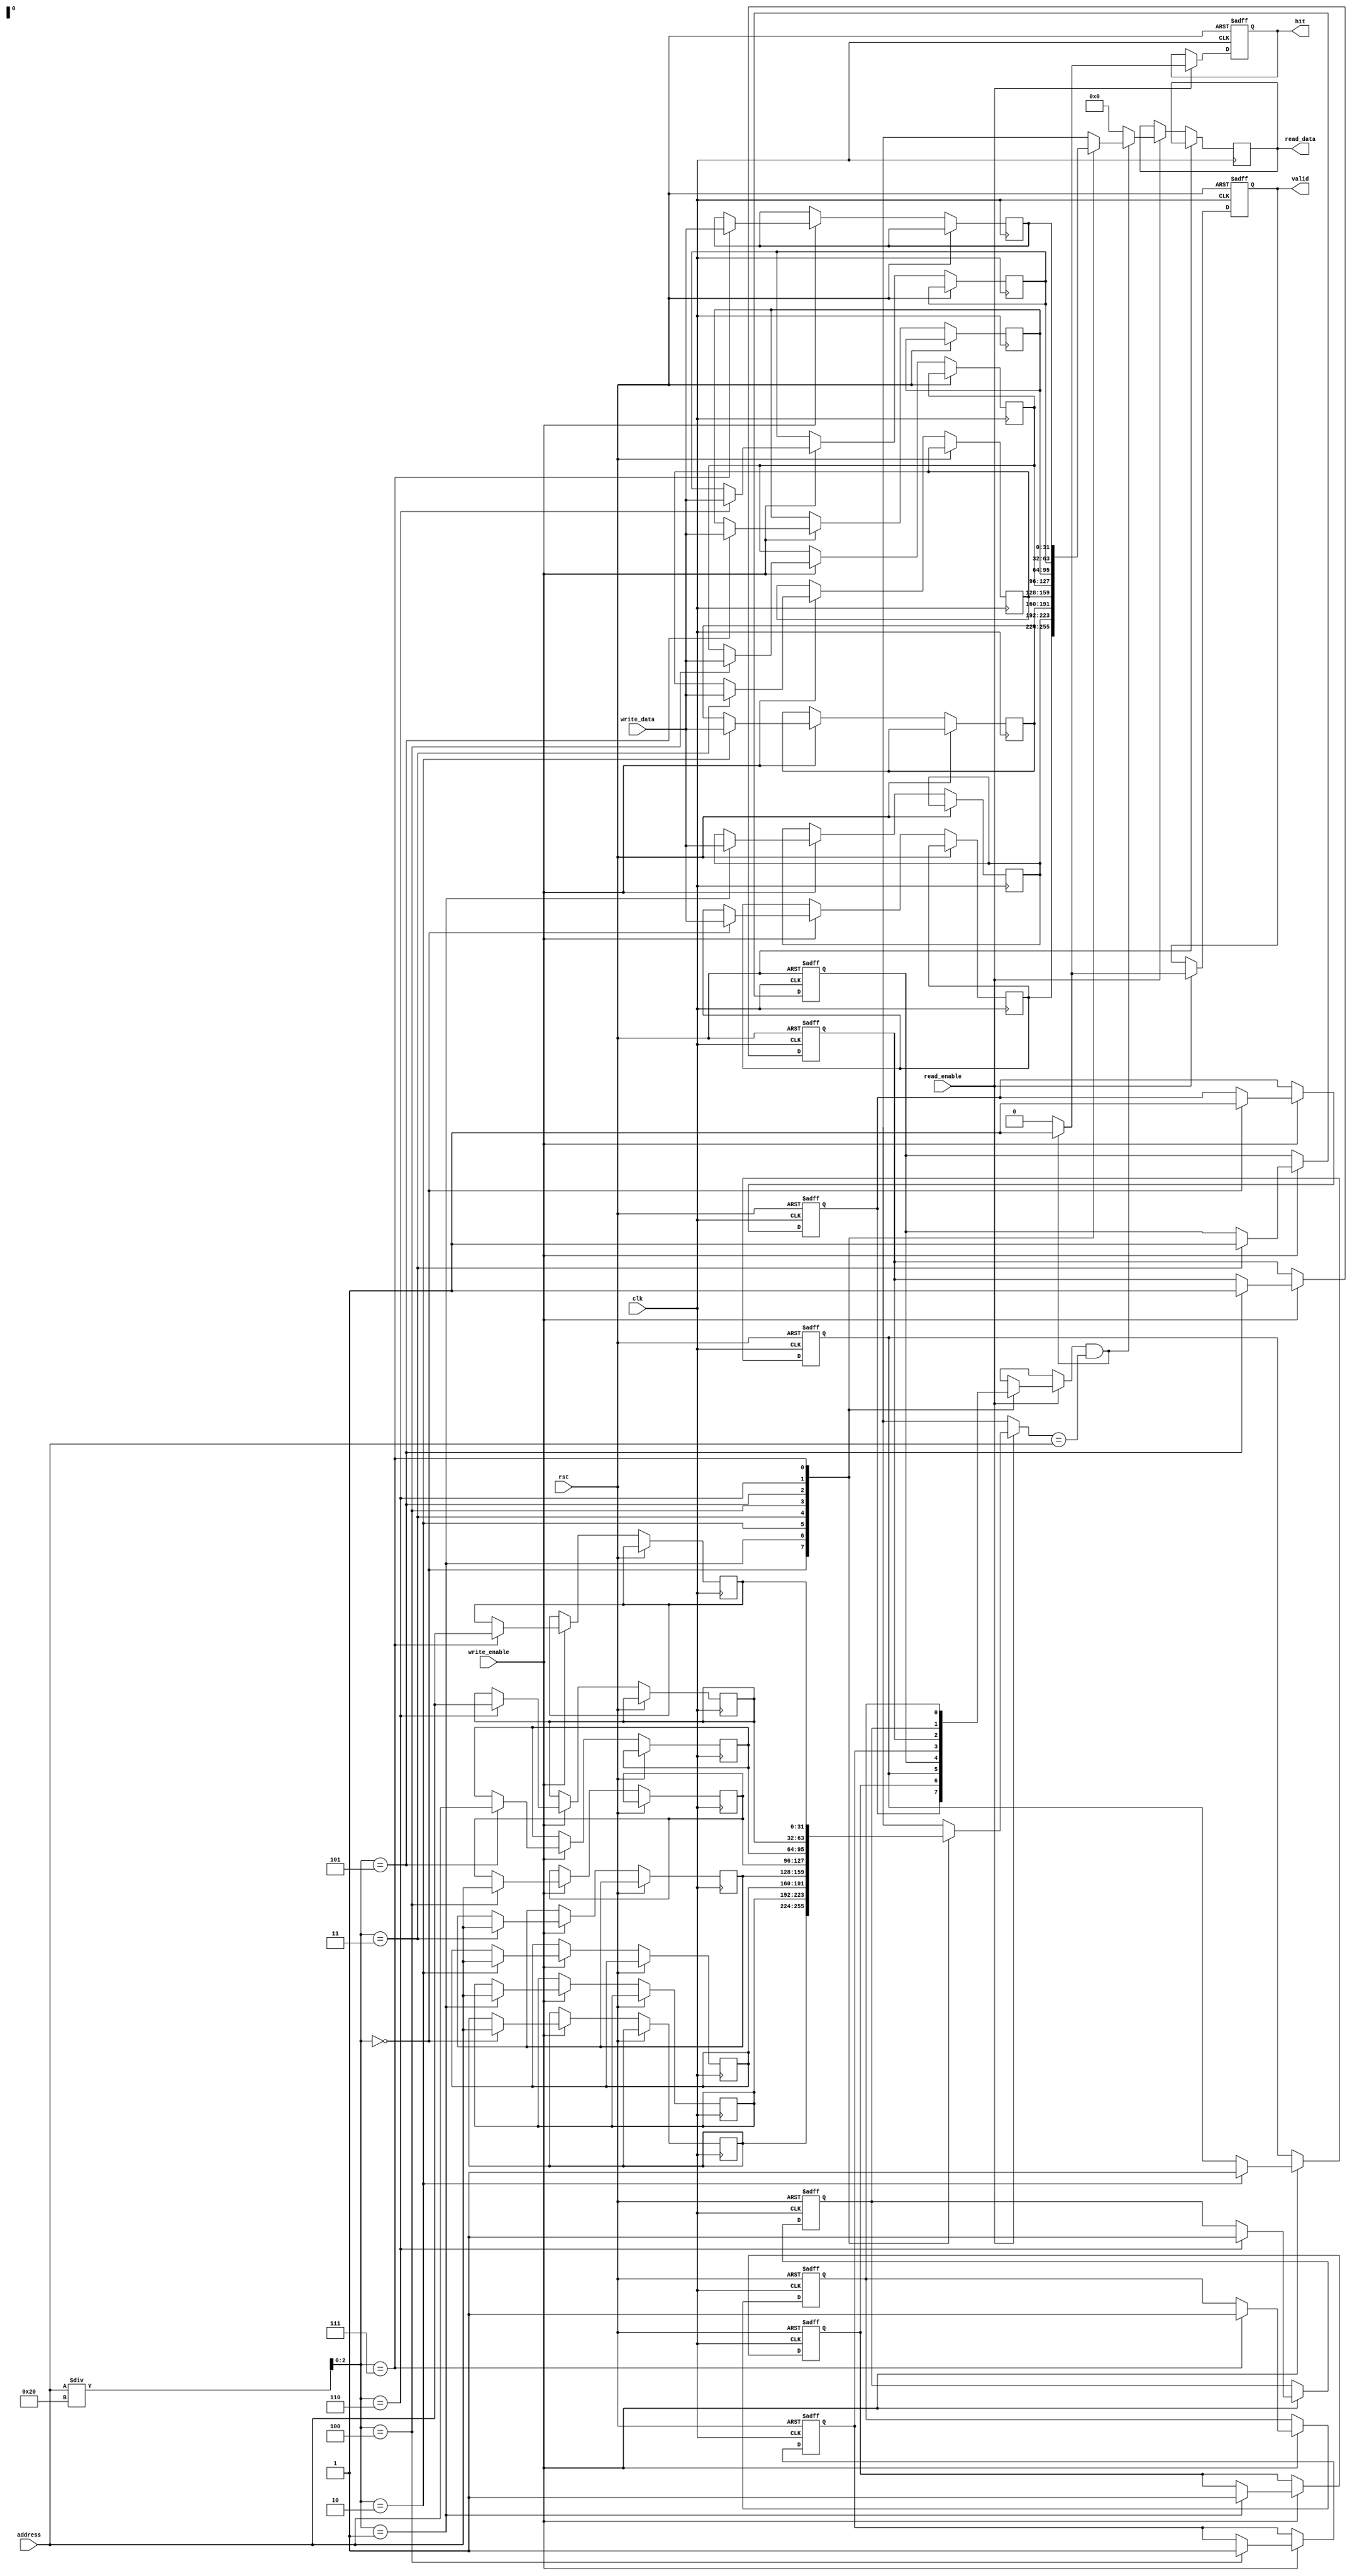
module private_cache (
    input wire clk,
    input wire rst,
    
    // Interface Signals
    input wire [31:0] address, // 32-bit address input
    input wire [31:0] write_data, // Data to write
    input wire write_enable, // Write enable signal
    input wire read_enable, // Read enable signal
    output reg [31:0] read_data, // Data read from cache
    output reg hit, // Cache hit signal
    output reg valid // Valid output signal
);

    // Parameters
    parameter CACHE_SIZE = 256; // Size of the cache in bytes
    parameter BLOCK_SIZE = 32; // Block size in bytes
    parameter NUM_BLOCKS = CACHE_SIZE / BLOCK_SIZE; // Number of blocks in the cache

    // Cache structures
    reg [31:0] cache_data [0:NUM_BLOCKS-1]; // Cache data storage
    reg [31:0] tags [0:NUM_BLOCKS-1]; // Cache tags
    reg valid_bits [0:NUM_BLOCKS-1]; // Valid bits for cache lines

    // Cache address decomposition
    wire [31:0] block_address = address / BLOCK_SIZE; // Block index
    wire [31:0] tag = address; // Tag is the full address in this example
    wire [31:0] index = block_address[5:0]; // Index to select block (assuming 64-block cache)
    
    // Cache initialization
    integer i;
    always @(posedge clk or posedge rst) begin
        if (rst) begin
            // On reset, invalidate all cache lines
            for (i = 0; i < NUM_BLOCKS; i = i + 1) begin
                valid_bits[i] <= 1'b0;
            end
            hit <= 1'b0;
            valid <= 1'b0;
        end else begin
            // Read Operation
            if (read_enable) begin
                if (valid_bits[index] && (tags[index] == tag)) begin
                    // Cache Hit
                    read_data <= cache_data[index];
                    hit <= 1'b1;
                    valid <= 1'b1;
                end else begin
                    // Cache Miss
                    read_data <= 32'b0; // Returning 0 for simplicity
                    hit <= 1'b0;
                    valid <= 1'b0;
                end
            end
            
            // Write Operation
            if (write_enable) begin
                cache_data[index] <= write_data; // Write data into the cache
                tags[index] <= tag; // Update tag
                valid_bits[index] <= 1'b1; // Set valid bit
            end
        end
    end

endmodule